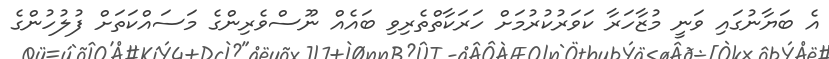
އެ ބަޔާނުގައި ވަނީ މުޒާހަރާ ކަވަރުކުރުމަށް ހަރަކާތްތެރިވި ބައެއް ނޫސްވެރިންގެ މަސައްކަތަށް ފުލުހުންގެ